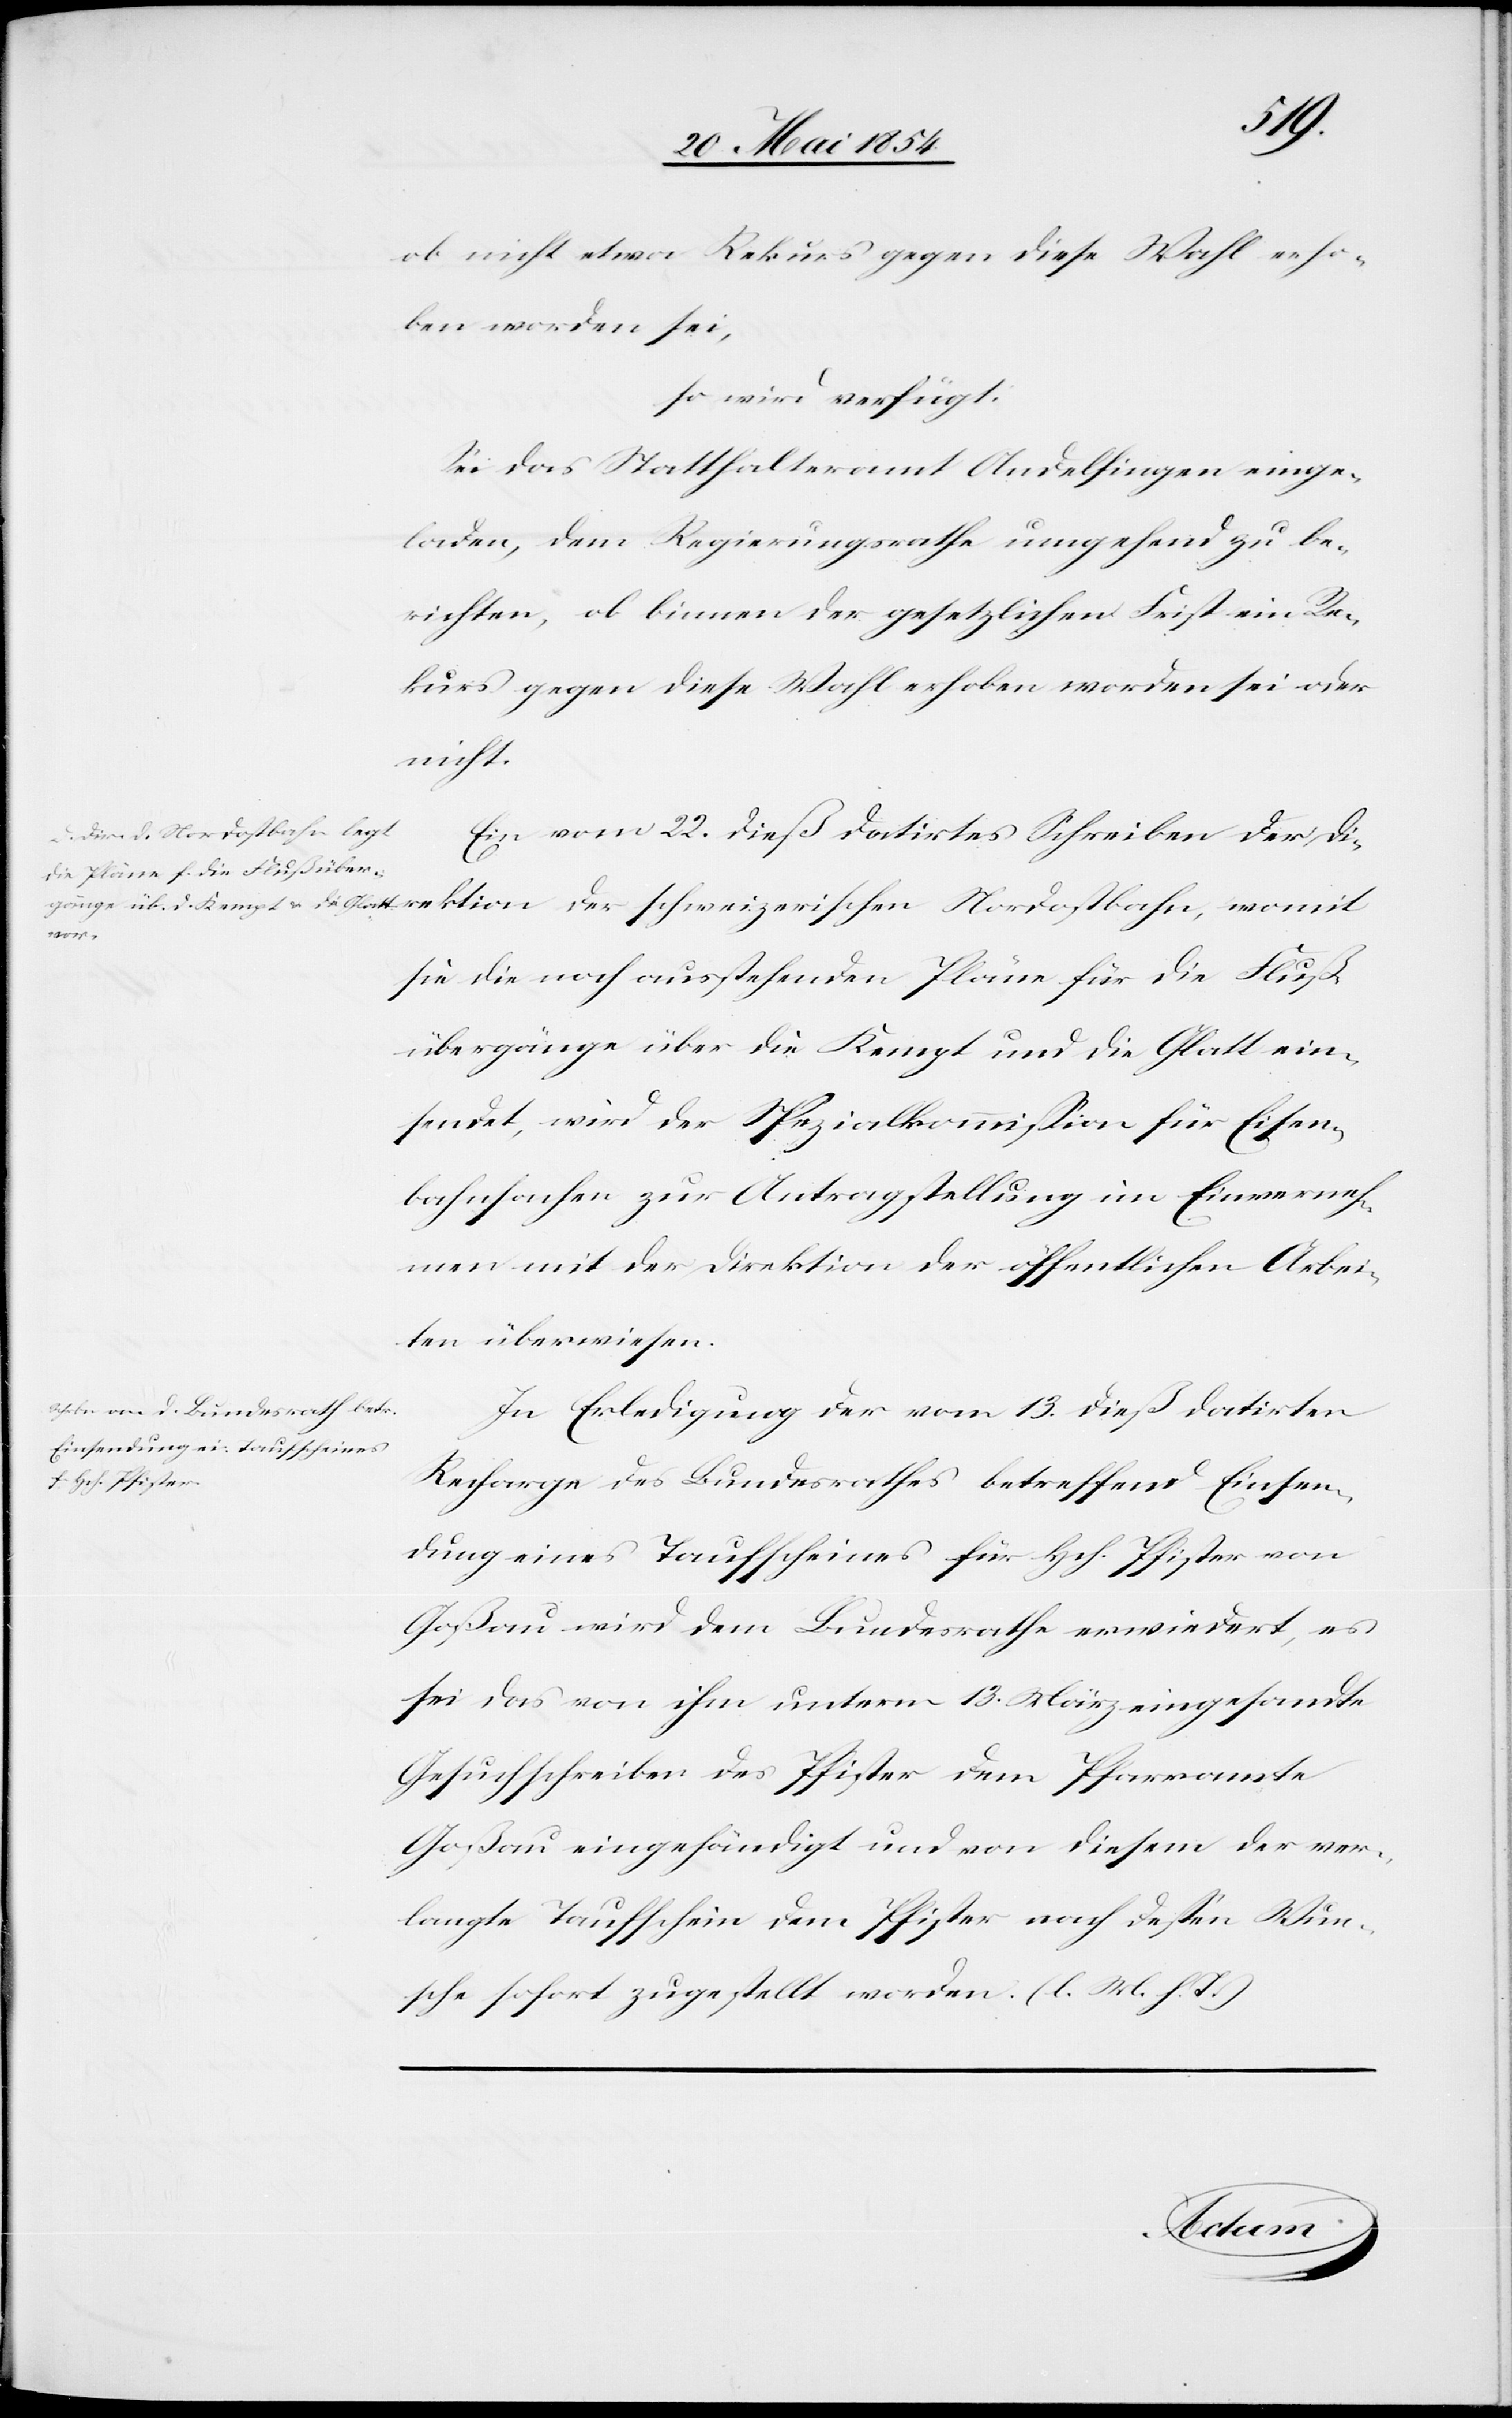
24. Mai 1854.]
ob nicht etwa Rekurs gegen diese Wahl erho¬
ben worden sei;
so wird verfügt:
Sei das Statthalteramt Andelfingen einge¬
laden, dem Regierungsrathe umgehend zu be¬
richten, ob binnen der gesetzlichen Frist ein Re¬
kurs gegen diese Wahl erhoben worden sei oder
nicht.
Ein vom 22. dieß datirtes Schreiben der Di¬
womit
sie die noch ausstehenden Pläne für die Fluß¬
übergänge über die Kempt und die Glatt ein¬
sendet, wird der Spezialkommißion für Eisen¬
bahnsachen zur Antragstellung im Einverneh¬
men mit der Direktion der öffentlichen Arbei¬
ten überwiesen.
In Erledigung der vom 13. dieß datirten
Recharge des Bundesrathes betreffend Einsen¬
dung eines Taufscheines für Hch. Pfister von
Goßau wird dem Bundesrathe erwiedert, es
sei das von ihm unterm 13. März eingesandte
Gesuchschreiben des Pfister dem Pfarramte
Goßau eingehändigt und von diesem der ver¬
langte Taufschein dem Pfister nach deßen Wun¬
sche sofort zugestellt worden. (l. M. h. T.)
Actum